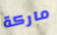
ماركة